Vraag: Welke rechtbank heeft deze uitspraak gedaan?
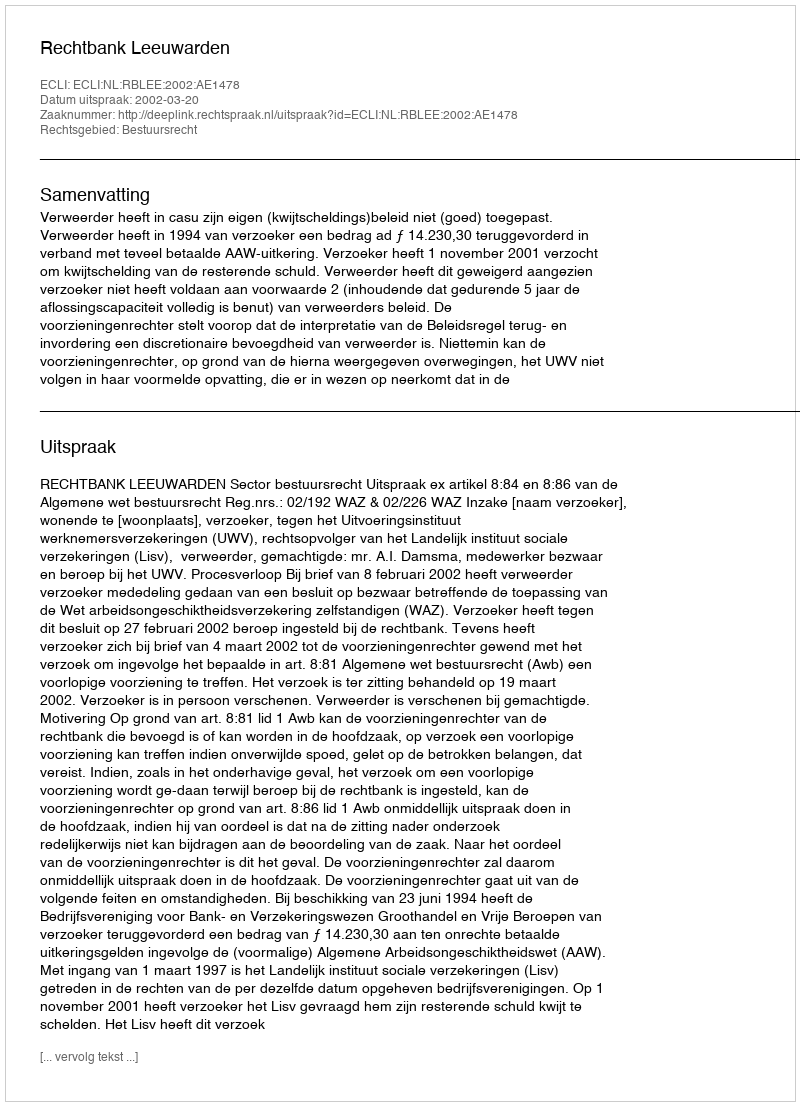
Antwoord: Rechtbank Leeuwarden